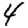
Digit: 4